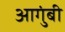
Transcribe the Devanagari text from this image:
आगुंबी